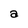
Character: a